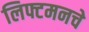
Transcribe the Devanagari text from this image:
लिफ्टमनचे